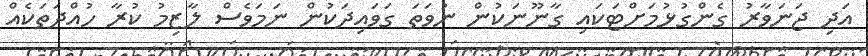
އަދި ޖަނަވާރު ގެންގުޅުމަށްޓަކައި ގާނޫނަކުން ނުވަތަ ގަވައިދަކުން ނަމަވެސް ލާޒިމު ކުރާ ހުއްދަތަކެއް